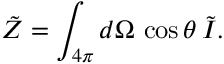
\tilde { Z } = \int _ { 4 \pi } d \Omega \, \cos \theta \, \tilde { I } .